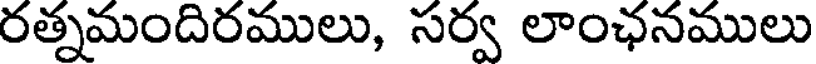
రత్నమందిరములు, సర్వ లాంఛనములు